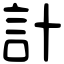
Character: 計